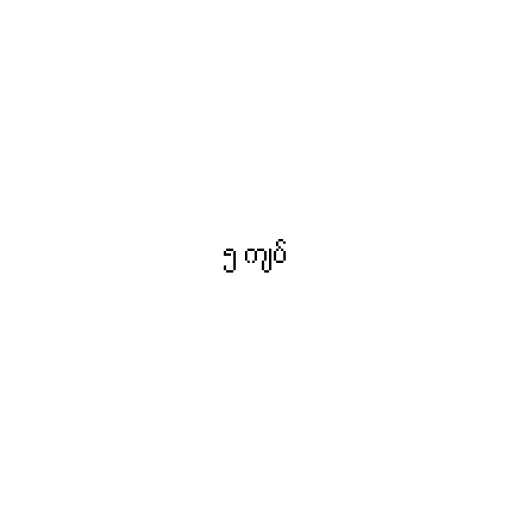
၅ ကျပ်